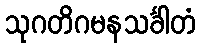
သုဂတိဂမနသင်္ခါတံ